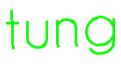
tung